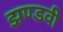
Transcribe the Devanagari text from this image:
झण्डवी